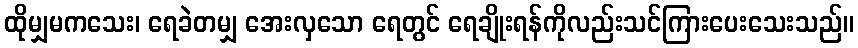
ထိုမျှမကသေး၊ ရေခဲတမျှ အေးလှသော ရေတွင် ရေချိုးရန်ကိုလည်းသင်ကြားပေးသေးသည်။